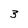
Character: 3